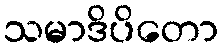
သမာဒိပိတော